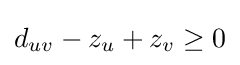
d_{uv}-z_{u}+z_{v}\geq 0